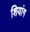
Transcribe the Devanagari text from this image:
शियांग